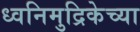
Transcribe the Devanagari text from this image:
ध्वनिमुद्रिकेच्या